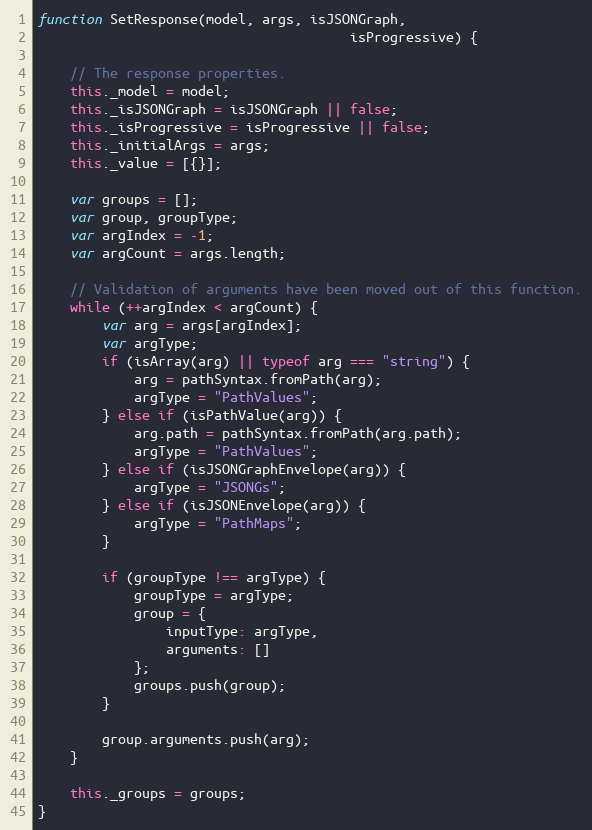
Language: JavaScript
function SetResponse(model, args, isJSONGraph,
                                       isProgressive) {

    // The response properties.
    this._model = model;
    this._isJSONGraph = isJSONGraph || false;
    this._isProgressive = isProgressive || false;
    this._initialArgs = args;
    this._value = [{}];

    var groups = [];
    var group, groupType;
    var argIndex = -1;
    var argCount = args.length;

    // Validation of arguments have been moved out of this function.
    while (++argIndex < argCount) {
        var arg = args[argIndex];
        var argType;
        if (isArray(arg) || typeof arg === "string") {
            arg = pathSyntax.fromPath(arg);
            argType = "PathValues";
        } else if (isPathValue(arg)) {
            arg.path = pathSyntax.fromPath(arg.path);
            argType = "PathValues";
        } else if (isJSONGraphEnvelope(arg)) {
            argType = "JSONGs";
        } else if (isJSONEnvelope(arg)) {
            argType = "PathMaps";
        }

        if (groupType !== argType) {
            groupType = argType;
            group = {
                inputType: argType,
                arguments: []
            };
            groups.push(group);
        }

        group.arguments.push(arg);
    }

    this._groups = groups;
}